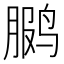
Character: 𫛳